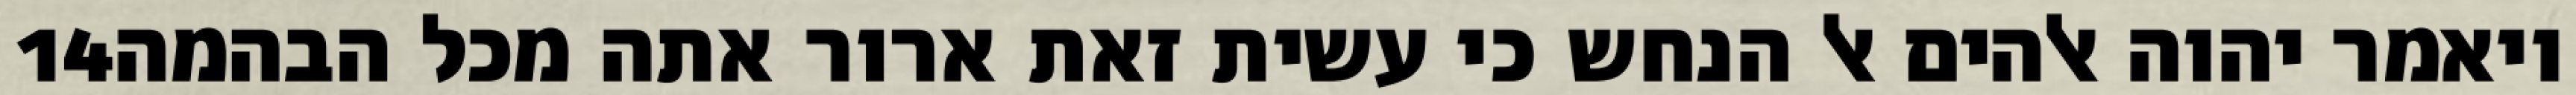
‎14‏ ויאמר יהוה אלהים אל הנחש כי עשית זאת ארור אתה מכל הבהמה